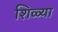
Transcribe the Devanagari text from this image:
शिळ्या